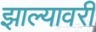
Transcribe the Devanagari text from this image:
झाल्यावरी